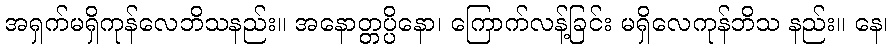
အရှက်မရှိကုန်လေဘိသနည်း။ အနောတ္တပ္ပိနော၊ ကြောက်လန့်ခြင်း မရှိလေကုန်ဘိသ နည်း။ နေ၊